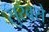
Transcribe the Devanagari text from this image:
सुरवसे